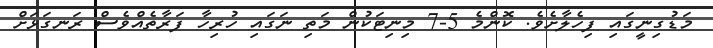
މަޑުގިނީގައި ފިހެލާށެވެ. ކޮންމެ 5-7 މިނިޓަކުން މަތި ނަގައި ހުރިހާ ފަރާތެއްވެސް ރަނގަޅަށް